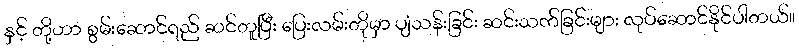
နှင့် တို့ဟာ စွမ်းဆောင်ရည် ဆင်တူပြီး ပြေးလမ်းတိုမှာ ပျံသန်းခြင်း ဆင်းသက်ခြင်းများ လုပ်ဆောင်နိုင်ပါတယ်။